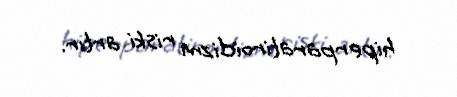
hiperparatiroidizm riski artır.